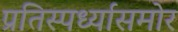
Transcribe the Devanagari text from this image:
प्रतिस्पर्ध्यासमोर